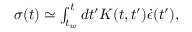
\begin{array} { r } { \sigma ( t ) \simeq \int _ { t _ { w } } ^ { t } d t ^ { \prime } K ( t , t ^ { \prime } ) \dot { \epsilon } ( t ^ { \prime } ) , } \end{array}